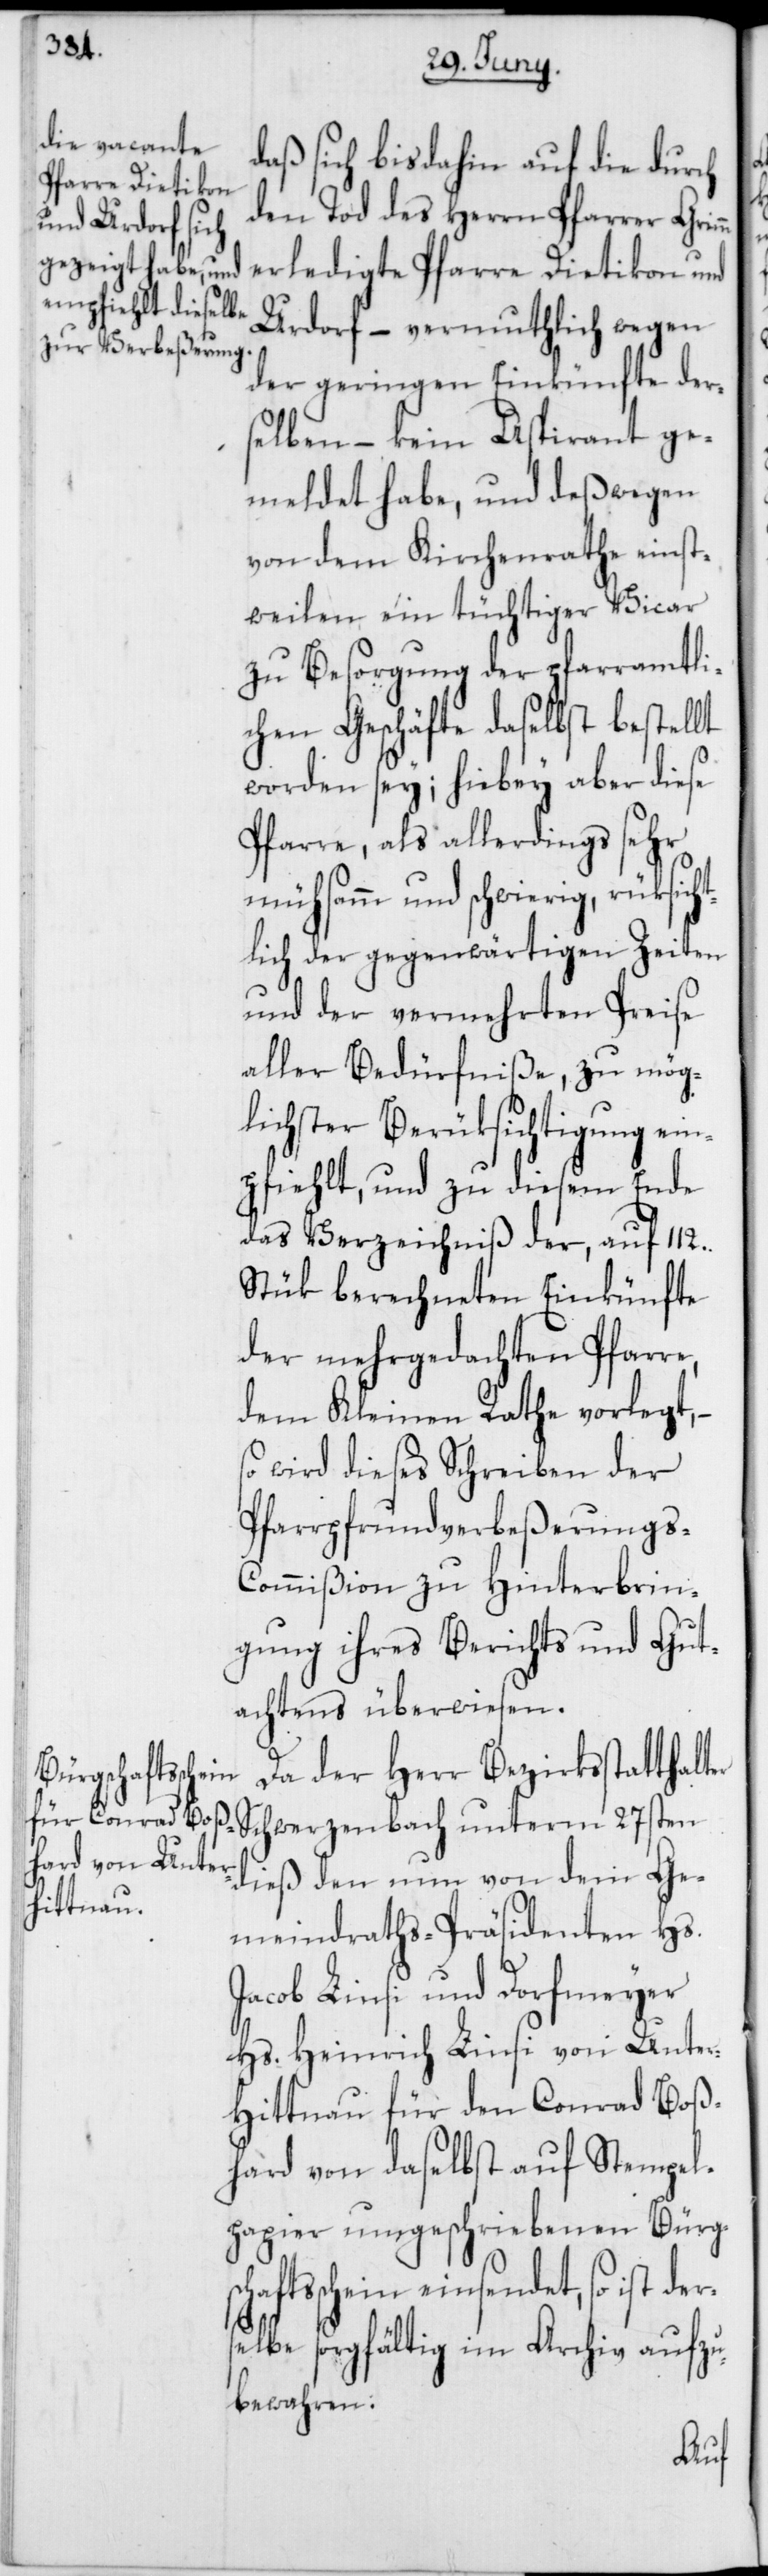
daß sich bis dahin auf die durch
den Tod des Herrn Pfarrer Grimm
erledigte Pfarre Dietikon und
Urdorf, – vermuthlich wegen
der geringen Einkünfte der¬
selben – kein Aspirant ge¬
meldet habe, und deßwegen
von dem Kirchenrathe einst¬
weilen ein tüchtiger Vicar
zu Besorgung der pfarramtli¬
chen Geschäfte daselbst bestellt
worden sey; hiebey aber diese
Pfarre, als allerdings sehr
mühsamm und schwierig, rüksic¬
lich der gegenwärtigen Zeiten
und der vermehrten Preise
aller Bedürfniße, zu mög¬
lichster Berüksichtigung em¬
pfiehlt, und zu diesem Ende
das Verzeichniß der, auf 112.
Stük berechneten Einkünfte
der mehrgedachten Pfarre,
dem Kleinen Rathe vorlegt,
wird dieses Schreiben der
Pfarrpfrundverbeßerung¬
s-Commißion zu Hinterbrin¬
gung ihres Berichts und Gut¬
achtens überwiesen.
Da der Herr Bezirksstatthalt¬
er Schwerzenbach unterm 27sten
dieß den nun von dem Ge¬
meindraths-Präsidenten Hs.
Jacob Linsi und Dorfmeyer
Hs. Heinrich Linsi von Unter¬
hittnau für den Conrad Boß¬
hard von daselbst auf Stempel¬
papier umgeschriebenen Bürgs¬
chaftschein einsendet, so ist
elbe sorgfältig im Archiv aufzu¬
bewahren.
ders¬